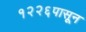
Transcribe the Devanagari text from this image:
१२२६पासून